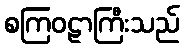
စကြဝဠာကြီးသည်